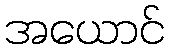
အယောင်